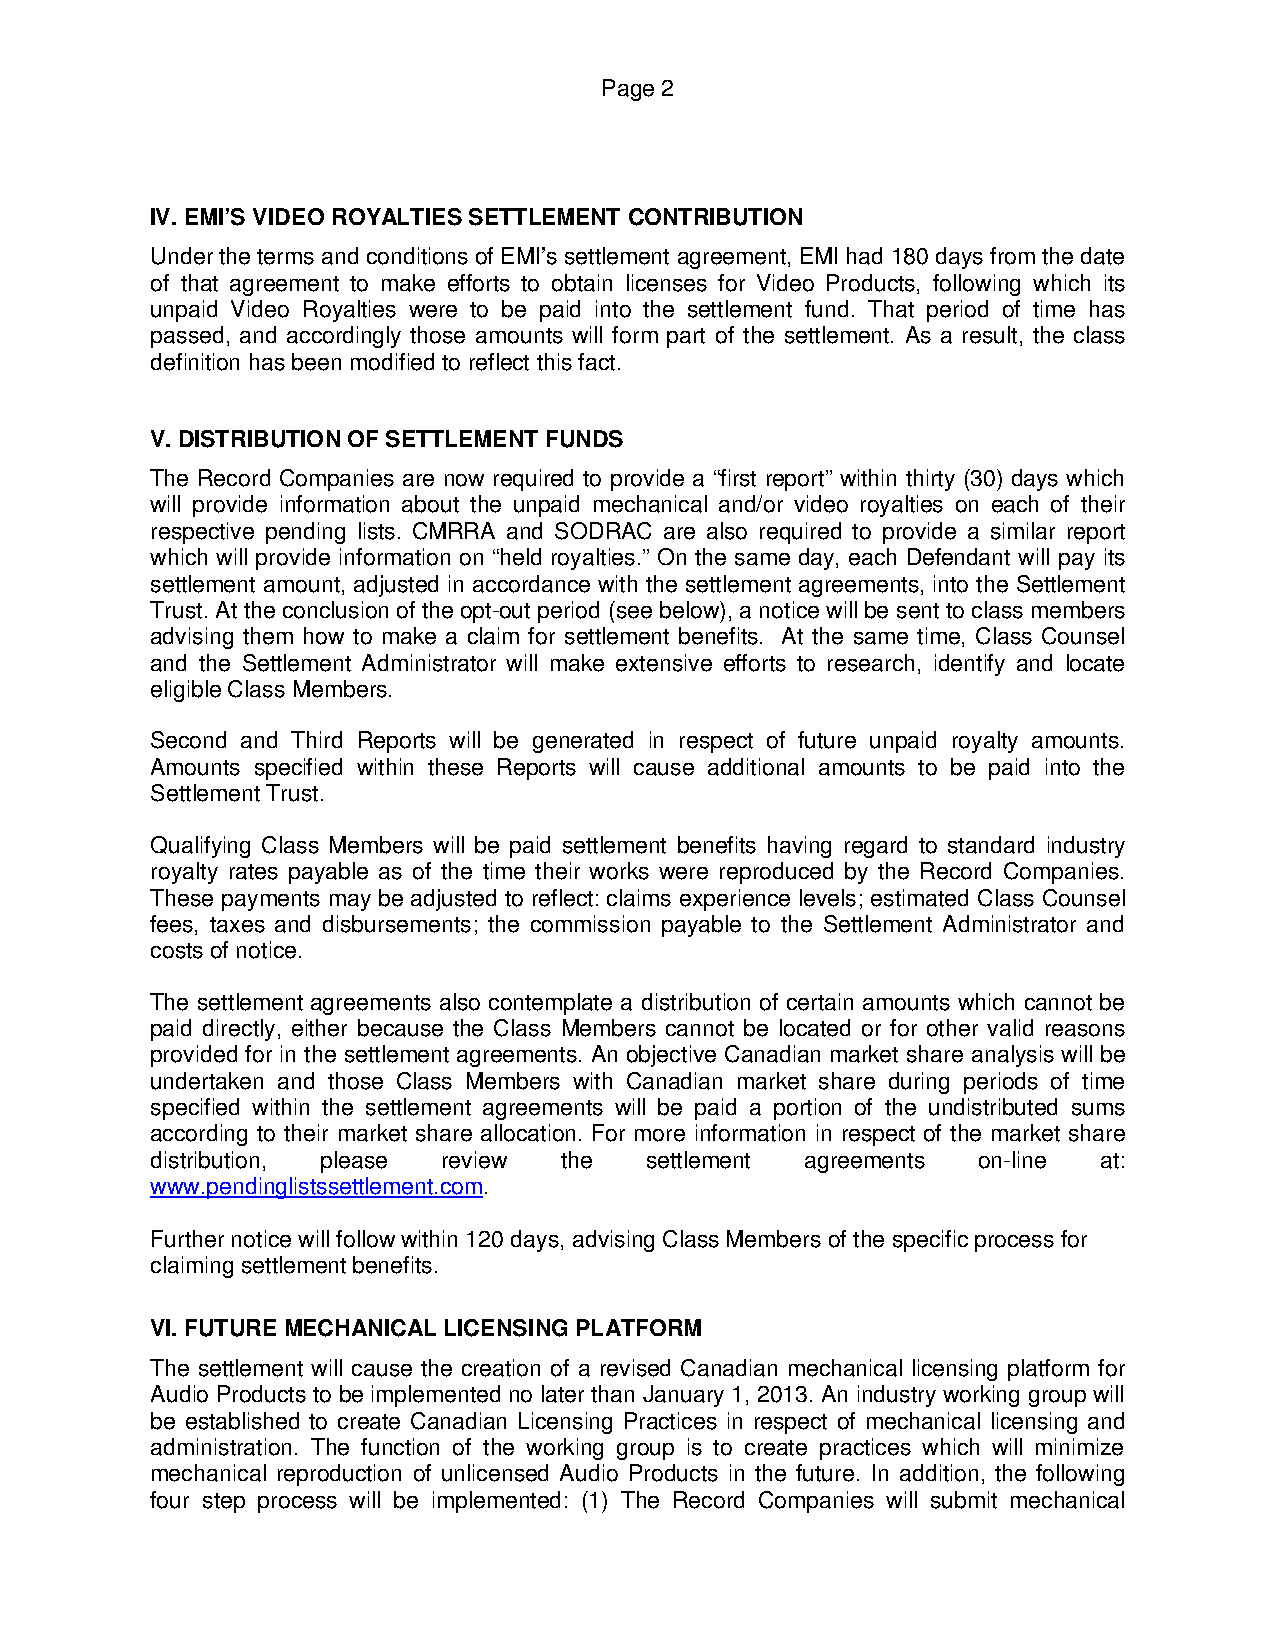
Page 2
 IV. EMI’S VIDEO ROYALTIES SETTLEMENT CONTRIBUTION
 Under the terms and conditions of EMI’s settlement agreement, EMI had 180 days from the date
 of that agreement to make efforts to obtain licenses for Video Products, following which its
 unpaid Video Royalties were to be paid into the settlement fund. That period of time has
 passed, and accordingly those amounts will form part of the settlement. As a result, the class
 definition has been modified to reflect this fact.
 V. DISTRIBUTION OF SETTLEMENT FUNDS
 The Record Companies are now required to provide a “first report” within thirty (30) days which
 will provide information about the unpaid mechanical and/or video royalties on each of their
 respective pending lists. CMRRA and SODRAC are also required to provide a similar report
 which will provide information on “held royalties.” On the same day, each Defendant will pay its
 settlement amount, adjusted in accordance with the settlement agreements, into the Settlement
 Trust. At the conclusion of the opt-out period (see below), a notice will be sent to class members
 advising them how to make a claim for settlement benefits. At the same time, Class Counsel
 and the Settlement Administrator will make extensive efforts to research, identify and locate
 eligible Class Members.
 Second and Third Reports will be generated in respect of future unpaid royalty amounts.
 Amounts specified within these Reports will cause additional amounts to be paid into the
 Settlement Trust.
 Qualifying Class Members will be paid settlement benefits having regard to standard industry
 royalty rates payable as of the time their works were reproduced by the Record Companies.
 These payments may be adjusted to reflect: claims experience levels; estimated Class Counsel
 fees, taxes and disbursements; the commission payable to the Settlement Administrator and
 costs of notice.
 The settlement agreements also contemplate a distribution of certain amounts which cannot be
 paid directly, either because the Class Members cannot be located or for other valid reasons
 provided for in the settlement agreements. An objective Canadian market share analysis will be
 undertaken and those Class Members with Canadian market share during periods of time
 specified within the settlement agreements will be paid a portion of the undistributed sums
 according to their market share allocation. For more information in respect of the market share
 distribution, please review the  settlement agreements on-line at:
 www.pendinglistssettlement.com.
 Further notice will follow within 120 days, advising Class Members of the specific process for
 claiming settlement benefits.
 VI. FUTURE MECHANICAL LICENSING PLATFORM
 The settlement will cause the creation of a revised Canadian mechanical licensing platform for
 Audio Products to be implemented no later than January 1, 2013. An industry working group will
 be established to create Canadian Licensing Practices in respect of mechanical licensing and
 administration. The function of the working group is to create practices which will minimize
 mechanical reproduction of unlicensed Audio Products in the future. In addition, the following
 four step process will be implemented: (1) The Record Companies will submit mechanical